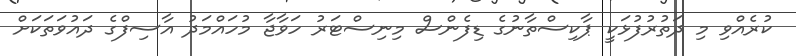
ކުރެއްވި މި ދަތުރުފުޅަކީ ޕާކިސްތާނުގެ ޑިފެންސް މިނިސްޓަރު ހަވާޖާ މުހައްމަދު އާސިފްގެ ދައުވަތަކަށް